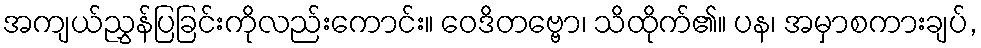
အကျယ်ညွှန်ပြခြင်းကိုလည်းကောင်း။ ဝေဒိတဗ္ဗော၊ သိထိုက်၏။ ပန၊ အမှာစကားချပ်,